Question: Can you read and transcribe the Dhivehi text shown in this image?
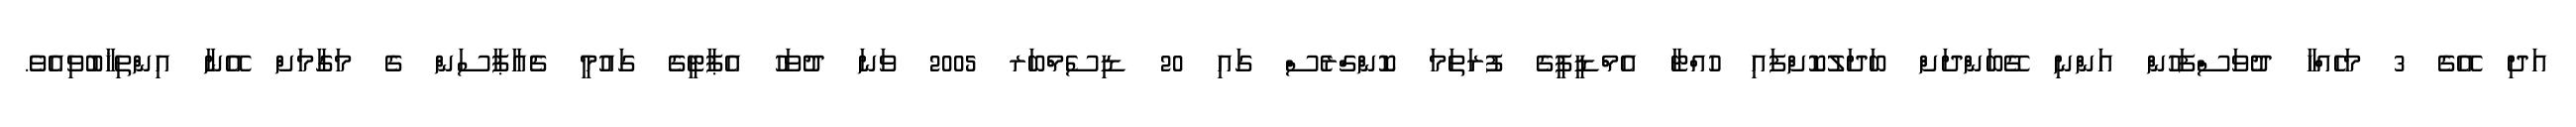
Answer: އަދި އޭގެ 3 މަހެއްހާ ދުވަސްފަހުން އަންނި ގޭބަންދަށް ބަދަލުކޮށްފައި ހުއްޓާ އެމްޑީޕީގެ ފުރަތަމަ ކޮންގްރެސް ގައި 20 ޑިސެމްބަރ 2005 ވަނަ ދުވަހު އެޕާޓީގެ ގައުމީ ޗެއާޕާސަން ގެ މަގާމަށް އޭނާ އިންތިޚާބުވިއެވެ.